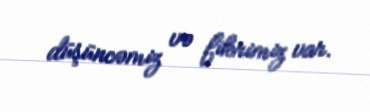
düşüncəmiz və fikrimiz var.